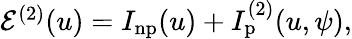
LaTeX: \begin{array}{r}{\mathcal{E}^{(2)}(u)=I_{\mathrm{np}}(u)+I_{\mathrm{p}}^{(2)}(u,\psi),}\end{array}